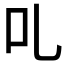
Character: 𠮜